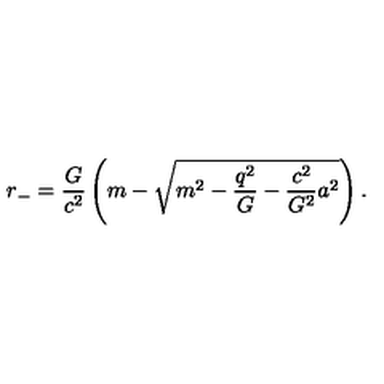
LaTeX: r _ { - } = \frac { G } { c ^ { 2 } } \left( m - \sqrt { m ^ { 2 } - \frac { q ^ { 2 } } { G } - \frac { c ^ { 2 } } { G ^ { 2 } } a ^ { 2 } } \right) .